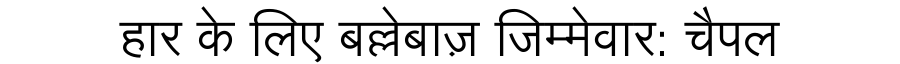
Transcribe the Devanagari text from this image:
हार के लिए बल्लेबाज़ जिम्मेवार: चैपल